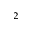
^ 2